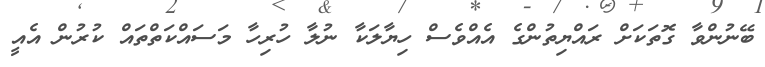
ބޭނުންވާ ގޮތަކަށް ރައްޔިތުންގެ އެއްވެސް ހިޔާލަކާ ނުލާ ހުރިހާ މަސައްކަތްތައް ކުރުން އެއީ